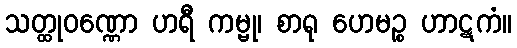
သတ္ထုဝဏ္ဏော ဟရီ ကမ္ဗု၊ စာရု ဟေမဉ္စ ဟာဋကံ။